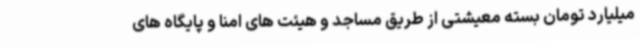
میلیارد تومان بسته معیشتی از طریق مساجد و هیئت های امنا و پایگاه های